Report of the Hyderabad Chloroform Commission
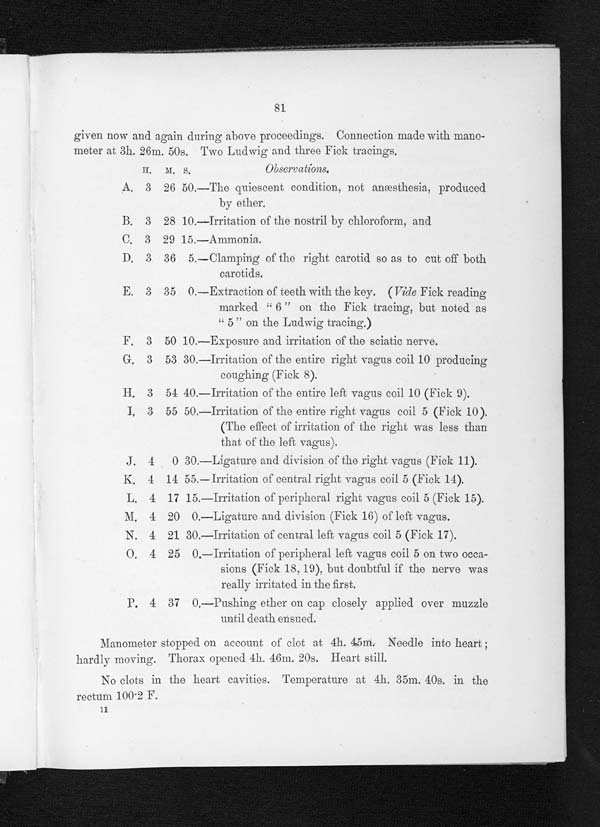
81
given now and again during above proceedings. Connection made with mano-
meter at 3h. 26m. 50s. Two Ludwig and three Fick tracings.
H. M. S. Observations.
A. 3 26 50.—The quiescent condition, not anæsthesia, produced
by ether.
B. 3 28 10.—Irritation of the nostril by chloroform, and
C.3 2915.—Ammonia.
D. 3 36 5.—Clamping of the right carotid so as to cut off both
carotids.
E. 3 35 0.—Extraction of teeth with the key. (vide Fick reading
marked "6" on the Fick tracing, but noted as
" 5 " on the Ludwig tracing.)
F. 3 50 10.—Exposure and irritation of the sciatic nerve.
G. 3 53 30.—Irritation of the entire right vagus coil 10 producing
coughing (Fick 8).
H.3 54 40.—Irritation of the entire left vagus coil 10 (Fick 9).
I.3 55 50.—Irritation of the entire right vagus coil 5 (Fick. 10).
(The effect of irritation of the right was less than
that of the left vagus).
J. 4 0 30. —Li gat ure and di vi si on of t he ri ght vagus (Fi ck 11).
K. 4 14 55. —I r r i t at i on of cent r al r i ght vagus coi l 5 ( Fi ck 14) .
L. 4 17 15. —Irri t at i on of peri pheral ri ght vagus coi l 5 (Fi ck 15).
M. 4 20 0. —Li gat ur e and di vi s i on ( Fi ck 16) of l ef t s , vagus .
N. 4 21 30. —I r r i t at i on of cent r al l ef t vagus coi l 5 ( Fi ck 17) .
O. 4 25 0. —Irri t at i on of peri pheral l eft vagus coi l 5 on t wo occa-
sions (Fick 18, 19), but doubtful if the nerve was
really irritated in the first.
P.4 37 0.—Pushing ether on cap closely applied over muzzle
until death ensued.
Manometer stopped on account of clot at 4h. 45m. Needle into heart
;hardly moving. Thorax opened 4h. 46m. 20s. Heart still.
No clots in the .heart cavities. Temperature at 4h. 35m. 40s. in the
rectum 100 . 2 F.
11